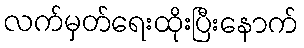
လက်မှတ်ရေးထိုးပြီးနောက်